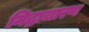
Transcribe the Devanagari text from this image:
निद्राचारण